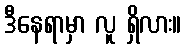
ဒီနေရာမှာ လူ ရှိလား။